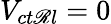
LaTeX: V_{ct\mathscr{R}l}=0